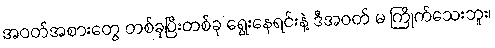
အဝတ်အစားတွေ တစ်ခုပြီးတစ်ခု ရွေးနေရင်းနဲ့ ဒီအဝတ် မ ကြိုက်သေးဘူး၊